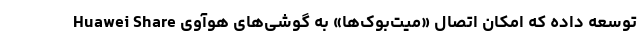
Huawei Share توسعه داده که امکان اتصال «میت‌بوک‌ها» به گوشی‌های هوآوی